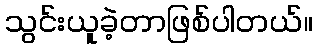
သွင်းယူခဲ့တာဖြစ်ပါတယ်။